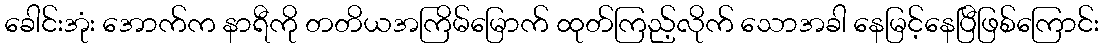
ခေါင်းအုံး အောက်က နာရီကို တတိယအကြိမ်မြောက် ထုတ်ကြည့်လိုက် သောအခါ နေမြင့်နေပြီဖြစ်ကြောင်း